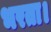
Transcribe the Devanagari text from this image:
भरता।